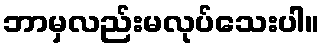
ဘာမှလည်းမလုပ်သေးပါ။